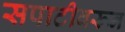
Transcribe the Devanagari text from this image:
सपाटीवरून